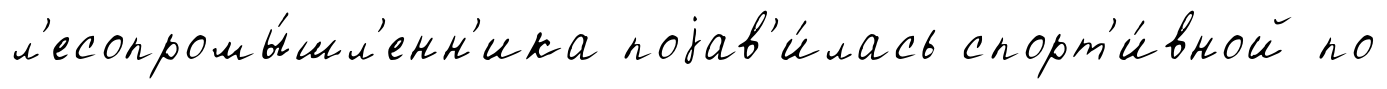
л'есопромы́шл'енн'ика поjав'и́лась спорт'и́вной по